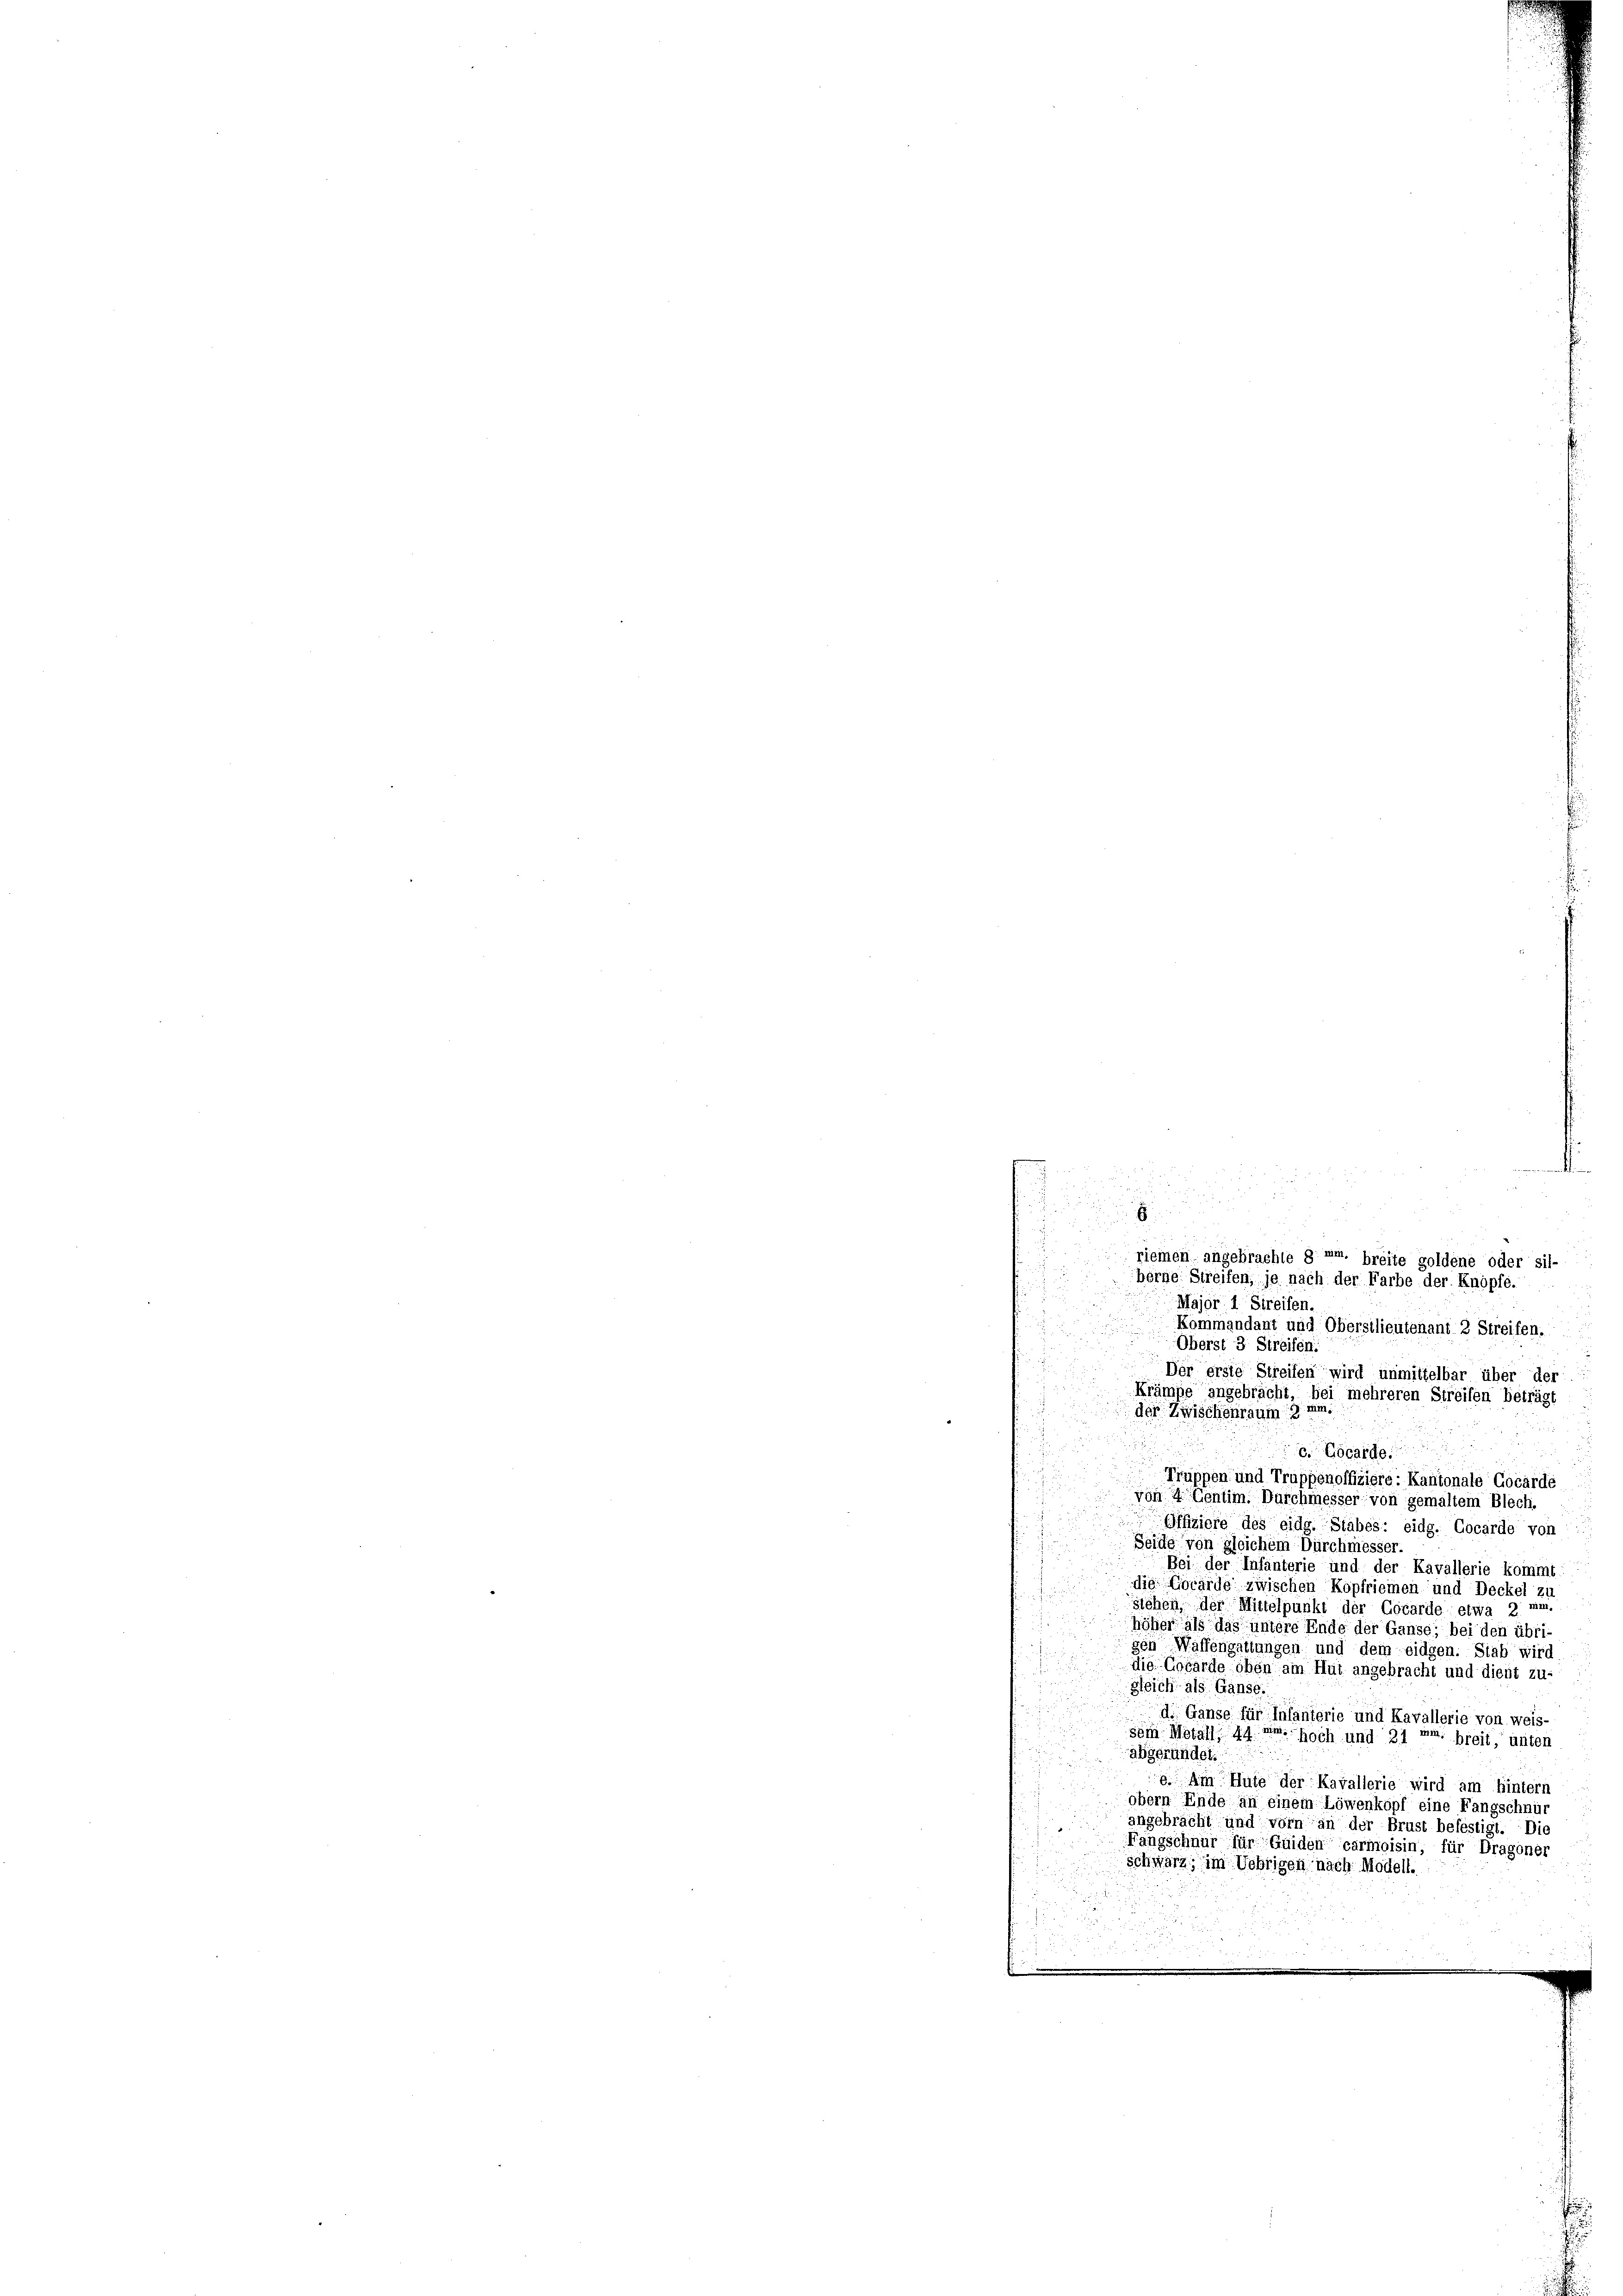
riemen angebrachte guer, breite goldene oder sil-
berne Streifen, je nach der Farbe der Knöpfe.
Major 1 Streifen.
Kommandant und Obersilieutenant 2 Streifen.
Oberst 3 Streifen.
Der erste Streifen wird unmittelbar über der
Krämpe angebracht, bei mehreren Streifen beträgt
der Zwischenraum mum.
c. Locarde
Truppen und Truppenoffiziere: Kantonale Cocarde
von 4 Centim. Durchmesser von gemaltem Blech.

Offiziere des eidg. Stäbes: eidg. Cocarde von
Seide von gleichem Dürchmesser
Bei der Infanterie und der Kavallerie kommt.
die Locarde zwischen Kopfriemen und Deckel zu
u
stehen, der Mittelpunkt der Cocarde etwa 2
höher als das untere Ende der Ganse; bei den übri-
gen Waffengattungen und dem eidgen. Stab wird
die Gobarde oben am Hut angebracht und dient zu-
gleich als Ganse
d. Gänse für Infanterie und Kavallerie von weis-
sein Metall, 44 u. hoch und 31 um breit, unten
abgeründet.
. Ain Hute der Kavallerie wird am Hinterr
obern Ende an einem Löwenkopf eine Fangschnüt
angebracht und vorn an der Brust befestigt. Die
Fangschnur für Guiden carmoisin, für Dragones
Schwarz, im Uebrigen nach Modell.

185

E